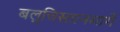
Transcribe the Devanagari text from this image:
बलुचिस्तानमार्गे